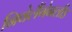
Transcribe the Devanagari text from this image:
निवेलैंगेनलीड